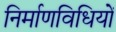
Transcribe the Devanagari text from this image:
निर्माणविधियों